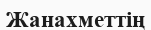
Жанахметтің